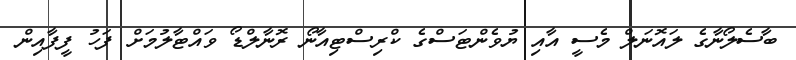
ބާސެލޯނާގެ ލައޮނަލް މެސީ އާއި ޔުވެންޓަސްގެ ކްރިސްޓިއާނޯ ރޮނާލްޑޯ ވައްޓާލުމަށް ފަހު ފީފާއިން